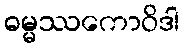
ဓမ္မဿကောဝိဒါ